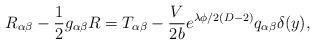
LaTeX: \begin{align*}R_{\alpha\beta}-\frac{1}{2}g_{\alpha\beta}R=T_{\alpha\beta}-\frac{V}{2b}e^{\lambda\phi/2(D-2)}q_{\alpha\beta}\delta(y),\end{align*}